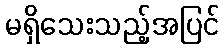
မရှိသေးသည့်အပြင်